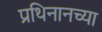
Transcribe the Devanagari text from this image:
प्रथिनानच्या